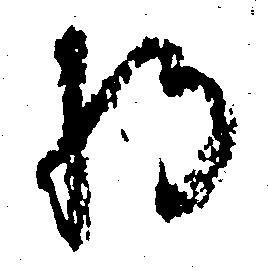
将